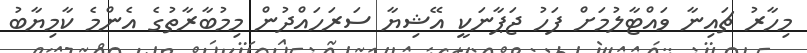
މިހާރު ޗައިނާ ވައްޓާލުމަށް ފަހު ޖަޕާނަކީ އޭޝިޔާ ސަރަހައްދުން މިމުބާރާތުގެ އެންމެ ކާމިޔާބު